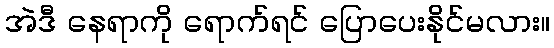
အဲဒီ နေရာကို ရောက်ရင် ပြောပေးနိုင်မလား။